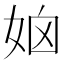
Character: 𡜧